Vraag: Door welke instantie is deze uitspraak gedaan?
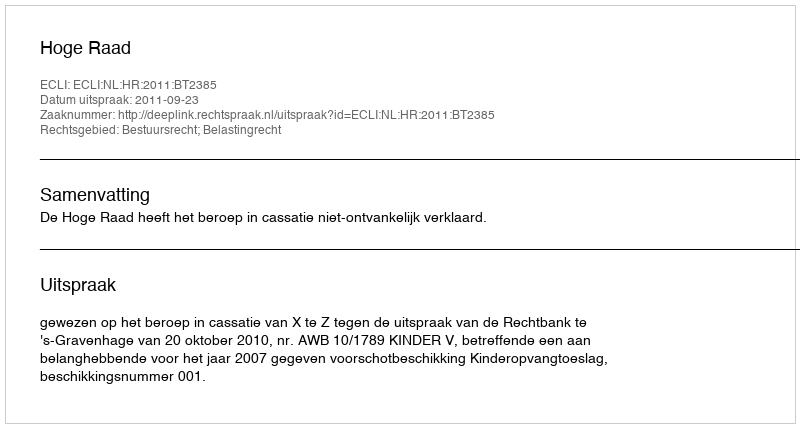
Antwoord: Hoge Raad